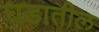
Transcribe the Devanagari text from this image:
घडातील